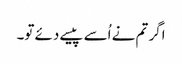
اگر تم نے اُسے پیسے دئے تو۔